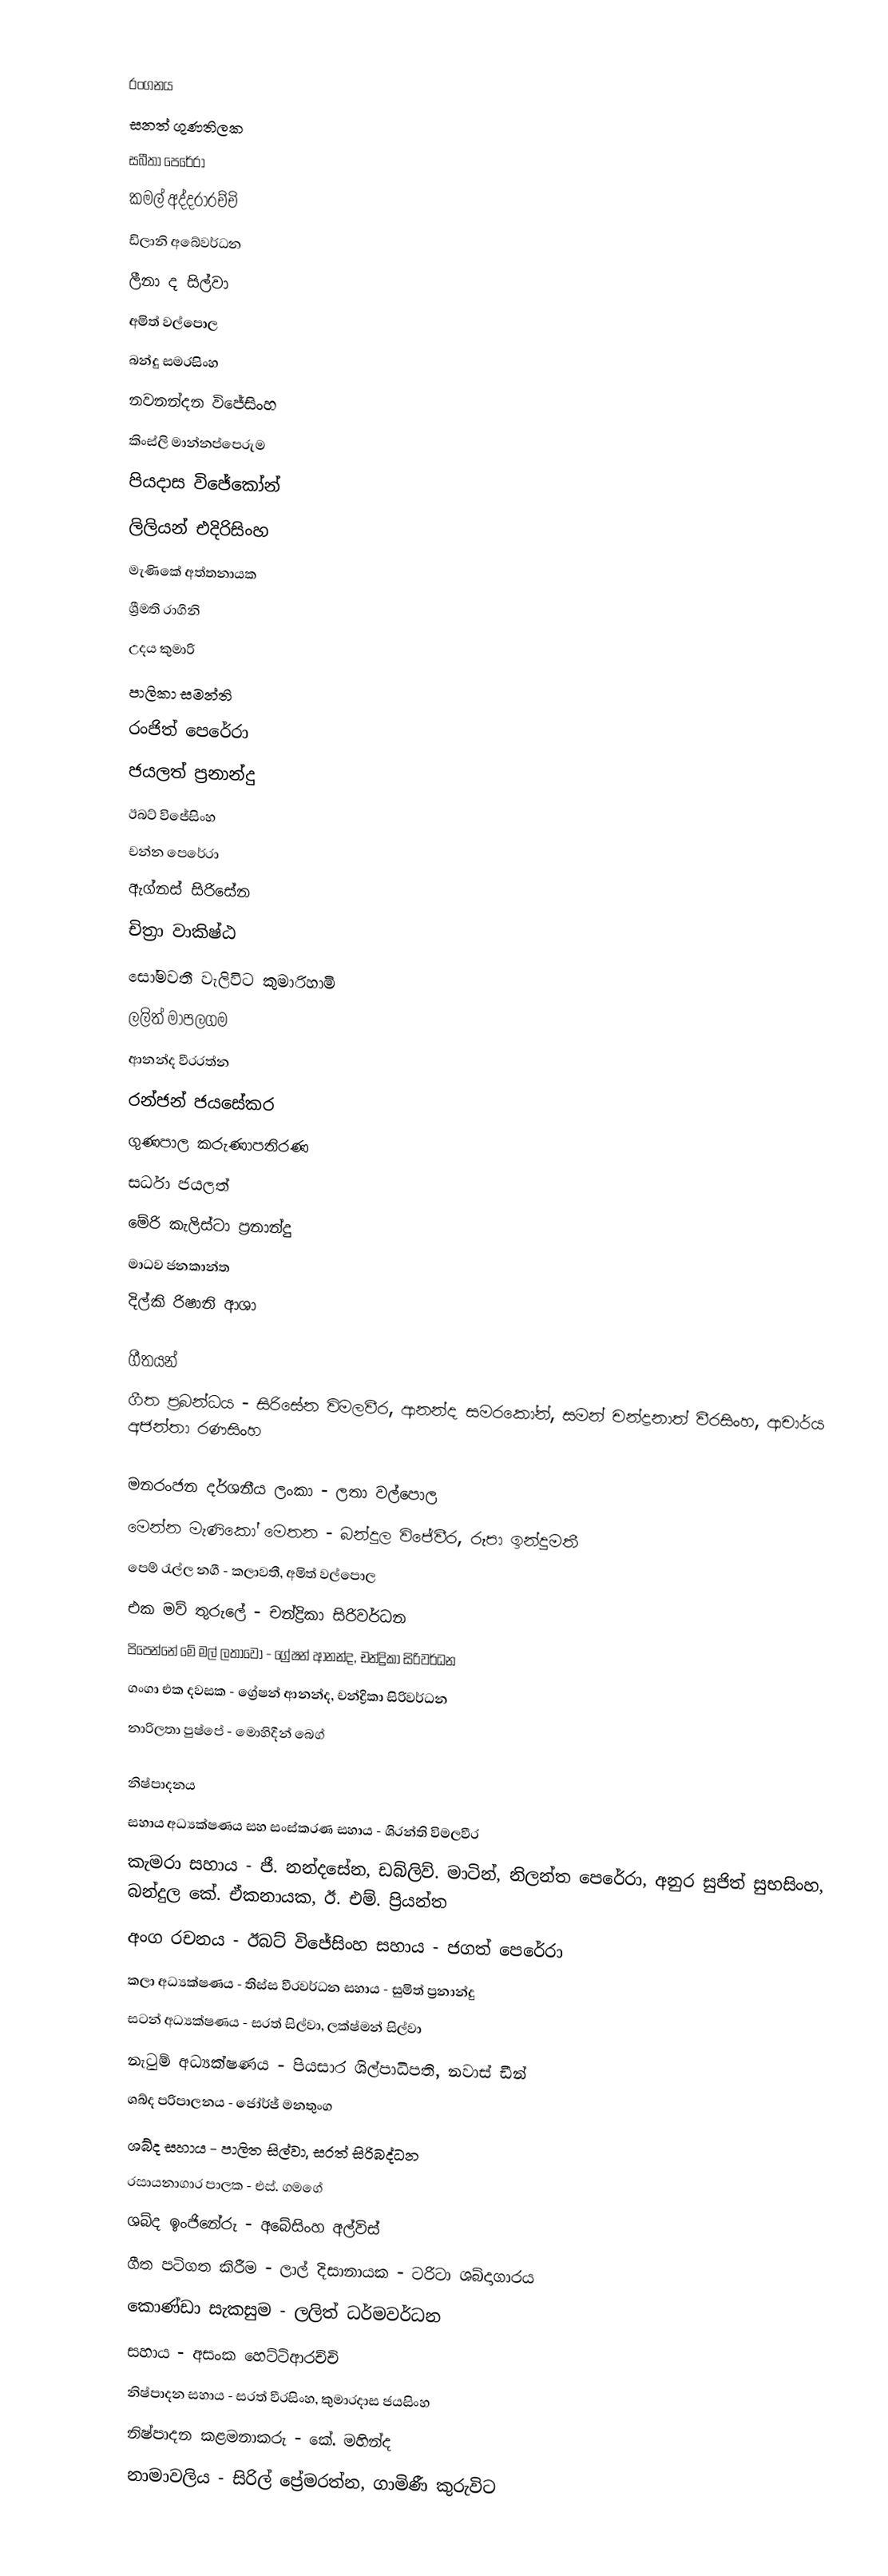

රංගනය
සනත් ගුණතිලක
සබීතා පෙරේරා
කමල් අද්දරාරච්චි
ඩිලානි අබේවර්ධන
ලීනා ද සිල්වා
අමිත් වල්පොල
බන්දු සමරසිංහ
නවනන්දන විජේසිංහ
කිංස්ලි මාන්නප්පෙරුම
පියදාස විජේකෝන්
ලිලියන් එදිරිසිංහ
මැණිකේ අත්තනායක
ශ්‍රීමති රාගිනි
උදය කුමාරි
පාලිකා සමන්ති
රංජිත් පෙරේරා
ජයලත් ප්‍රනාන්දු
ඊබට් විජේසිංහ
චන්න පෙරේරා
ඇග්නස් සිරිසේන
චිත්‍රා වාකිෂ්ඨ
සෝමවතී වැලිවිට කුමාරිහාමි
ලලිත් මාපලගම
ආනන්ද වීරරත්න
රන්ජන් ජයසේකර
ගුණපාල කරුණාපතිරණ
සර්ධා ජයලත්
මේරි කැලිස්ටා ප්‍රනාන්දු
මාධව ජනකාන්ත
දිල්කි රිෂානි ආශා

ගීතයන්
ගීත ප්‍රබන්ධය - සිරිසේන විමලවීර, ආනන්ද සමරකෝන්, සමන් චන්ද්‍රනාත් වීරසිංහ, ආචාර්ය අජන්තා රණසිංහ

මනරංජන දර්ශනීය ලංකා - ලතා වල්පොල
මෙන්න මැණිකෝ මෙතන - බන්දුල විජේවීර, රූපා ඉන්දුමතී
පෙම් රැල්ල නගී - කලාවතී, අමිත් වල්පොල
එක මව් තුරුලේ - චන්ද්‍රිකා සිරිවර්ධන
පිපෙන්නේ මේ මල් ලතාවෝ - ග්‍රේෂන් ආනන්ද, චන්ද්‍රිකා සිරිවර්ධන
ගංගා එක දවසක - ග්‍රේෂන් ආනන්ද, චන්ද්‍රිකා සිරිවර්ධන
නාරිලතා පුෂ්පේ - මොහිදීන් බෙග්

නිෂ්පාදනය
සහාය අධ්‍යක්ෂණය සහ සංස්කරණ සහාය - ශිරන්ති විමලවීර
කැමරා සහාය - ජී. නන්දසේන, ඩබ්ලිව්. මාටින්, නිලන්ත පෙරේරා, අනුර සුජිත් සුභසිංහ, බන්දුල කේ. ඒකනායක, ඊ. එම්. ප්‍රියන්ත
අංග රචනය - ඊබට් විජේසිංහ සහාය - ජගත් පෙරේරා
කලා අධ්‍යක්ෂණය - තිස්ස වීරවර්ධන සහාය - සුමිත් ප්‍රනාන්දු
සටන් අධ්‍යක්ෂණය - සරත් සිල්වා, ලක්ෂ්මන් සිල්වා
නැටුම් අධ්‍යක්ෂණය - පියසාර ශිල්පාධිපති, නවාස් ඩීන්
ශබ්ද පරිපාලනය - ජෝර්ජ් මනතුංග
ශබ්ද සහාය - පාලිත සිල්වා, සරත් සිරිබද්ධන
රසායනාගාර පාලක - එස්. ගමගේ
ශබ්ද ඉංජිනේරු - අබේසිංහ අල්විස්
ගීත පටිගත කිරීම - ලාල් දිසානායක - ටරිටා ශබ්දාගාරය
කොණ්ඩා සැකසුම - ලලිත් ධර්මවර්ධන
සහාය - අසංක හෙට්ටිආරච්චි
නිෂ්පාදන සහාය - සරත් වීරසිංහ, කුමාරදාස ජයසිංහ
නිෂ්පාදන කළමනාකරු - කේ. මහින්ද
නාමාවලිය - සිරිල් ප්‍රේමරත්න, ගාමිණී කුරුවිට